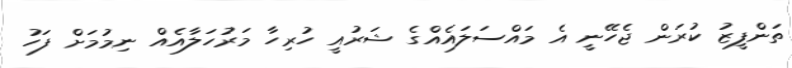
ތަންފީޒު ކުރަން ޖެހޭނީ އެ މައްސަލައެއްގެ ޝަރުއީ ހުރިހާ މަރުހަލާއެއް ނިމުމަށް ފަހު